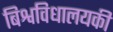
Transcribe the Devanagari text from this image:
बिश्वविधालयकी